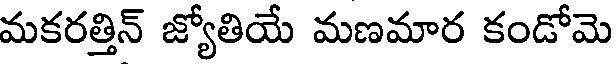
మకరత్తిన్ జ్యోతియే మణమార కండోమె